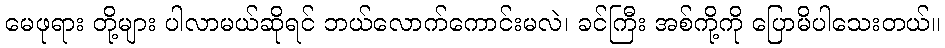
မေဖုရား တို့များ ပါလာမယ်ဆိုရင် ဘယ်လောက်ကောင်းမလဲ၊ ခင်ကြီး အစ်ကို့ကို ပြောမိပါသေးတယ်။